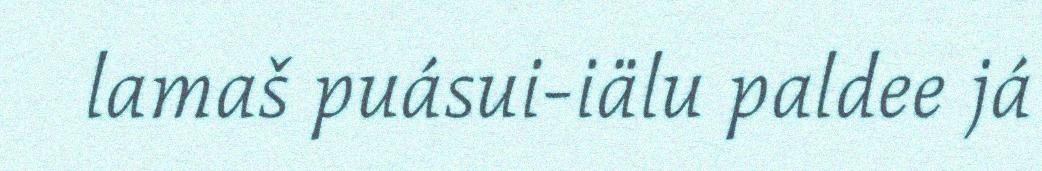
lamaš puásui-iälu paldee já